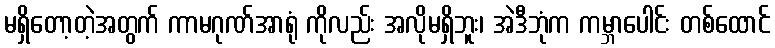
မရှိတော့တဲ့အတွက် ကာမဂုဏ်အာရုံ ကိုလည်း အလိုမရှိဘူး၊ အဲဒီဘုံက ကမ္ဘာပေါင်း တစ်ထောင်